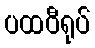
ပထဝီရုပ်